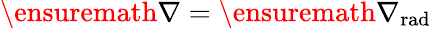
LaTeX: \ensuremath{\nabla}=\ensuremath{\nabla_{\mathrm{{rad}}}}